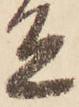
宜